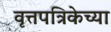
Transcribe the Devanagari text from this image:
वृत्तपत्रिकेच्या